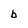
Character: b